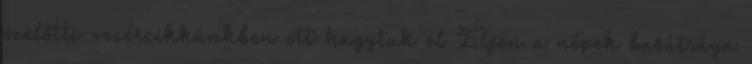
ezelőtti vezércikkünkben ott hagytuk el Éljen a népek barátsága